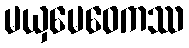
မယှမေဝေကဿ